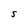
Character: s